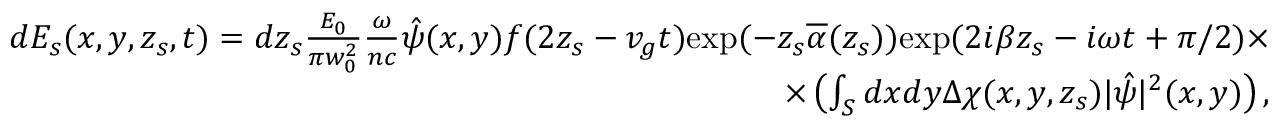
\begin{array} { r } { d E _ { s } ( x , y , z _ { s } , t ) = d z _ { s } \frac { E _ { 0 } } { \pi w _ { 0 } ^ { 2 } } \frac { \omega } { n c } \hat { \psi } ( x , y ) f ( 2 z _ { s } - v _ { g } t ) \mathrm { e x p } ( - z _ { s } \overline { { \alpha } } ( z _ { s } ) ) \mathrm { e x p } ( 2 i \beta z _ { s } - i \omega t + \pi / 2 ) \times } \\ { \times \left( \int _ { S } d x d y \Delta \chi ( x , y , z _ { s } ) | \hat { \psi } | ^ { 2 } ( x , y ) \right) , } \end{array}